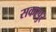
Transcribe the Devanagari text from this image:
सकरपुर